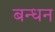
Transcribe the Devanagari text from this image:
बन्‍धन